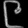
Digit: ၉